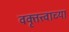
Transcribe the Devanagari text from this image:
वक्तृत्त्वाच्या